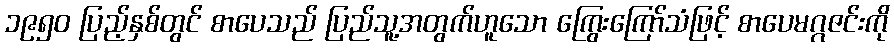
၁၉၅၀ ပြည့်နှစ်တွင် စာပေသည် ပြည်သူ့အတွက်ဟူသော ကြွေးကြော်သံဖြင့် စာပေမဂ္ဂဇင်းကို